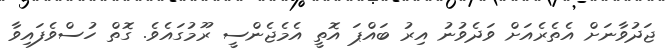
ޖަދުވާނަށް އެތެރެއަށް ވަދެވުނު އިރު ބައްޕަ އޮތީ އެމެޖެންސީ ރޫމުގައެވެ. ގޮތް ހުސްވެފައިވާ